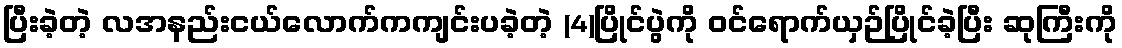
ပြီးခဲ့တဲ့ လအနည်းငယ်လောက်ကကျင်းပခဲ့တဲ့ (4)ပြိုင်ပွဲကို ဝင်ရောက်ယှဉ်ပြိုင်ခဲ့ပြီး ဆုကြီးကို